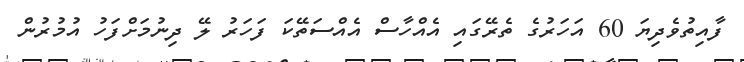
ފާއިތުވެދިޔަ 60 އަހަރުގެ ތެރޭގައި އެއްހާސް އެއްސަތޭކަ ފަހަރު ލޭ ދިނުމަށްފަހު އުމުރުން